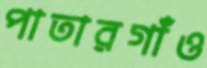
পাতারগাঁও